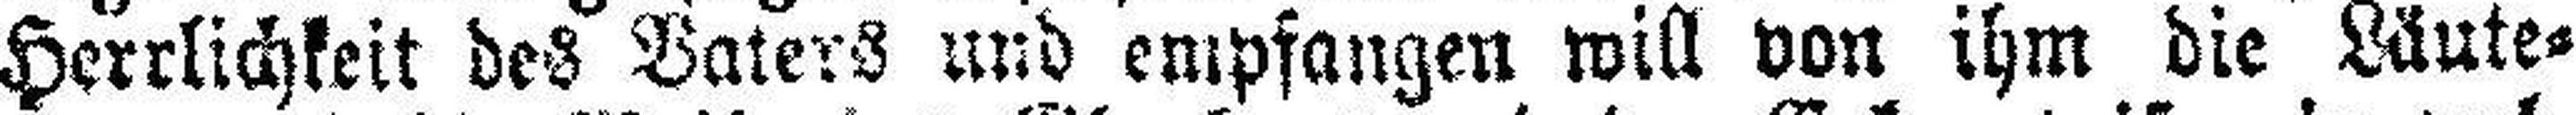
Herrlichkeit des Vaters und empfangen will von ihm die Läute¬